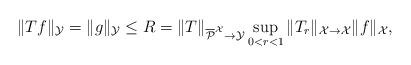
LaTeX: \begin{align*}\|Tf\|_{\mathcal{Y}}=\|g\|_{\mathcal{Y}}\leq R = \|T\|_{\overline{\mathcal{P}}^{\mathcal{X}} \to \mathcal{Y}} \sup_{0<r<1}\|T_r\|_{\mathcal{X}\to \mathcal{X}}\|f\|_{\mathcal{X}},\end{align*}